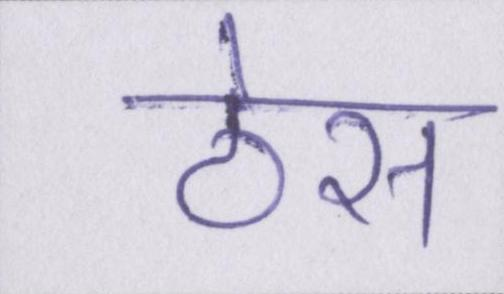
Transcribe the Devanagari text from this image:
ठेस